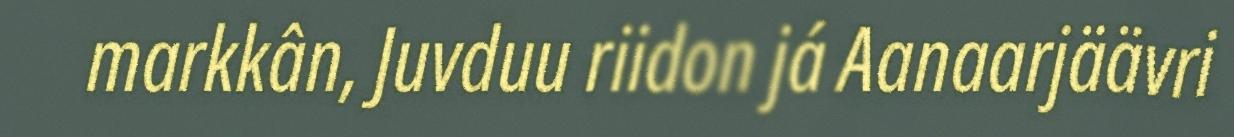
markkân, Juvduu riidon já Aanaarjäävri